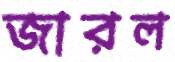
জারল